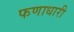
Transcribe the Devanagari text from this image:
फणाधारी